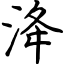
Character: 洚